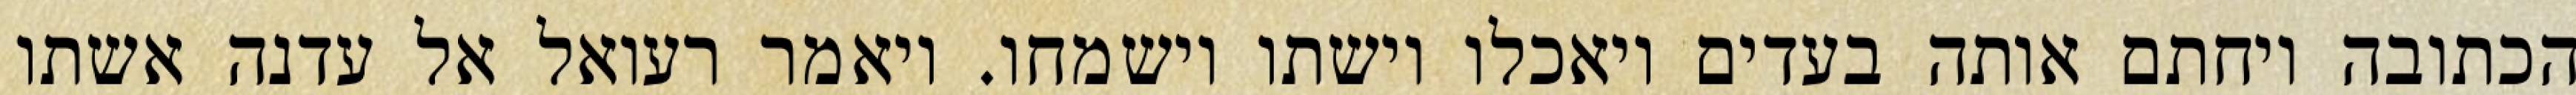
הכתובה ויחתם אותה בעדים ויאכלו וישתו וישמחו. ויאמר רעואל אל עדנה אשתו